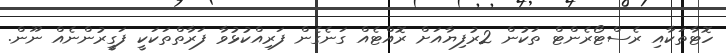
ހޮޓާތަކާއި ރެސްޓޯރެންޓް ތަކުން 2ރުފިޔާއަށް ރޮއްޓެއް ގަނެގެން ފަރިއްކުޅުވާ ފަރާތްތަކަކީ ފަގީރުންނެއް ނޫން.